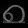
Digit: ၈